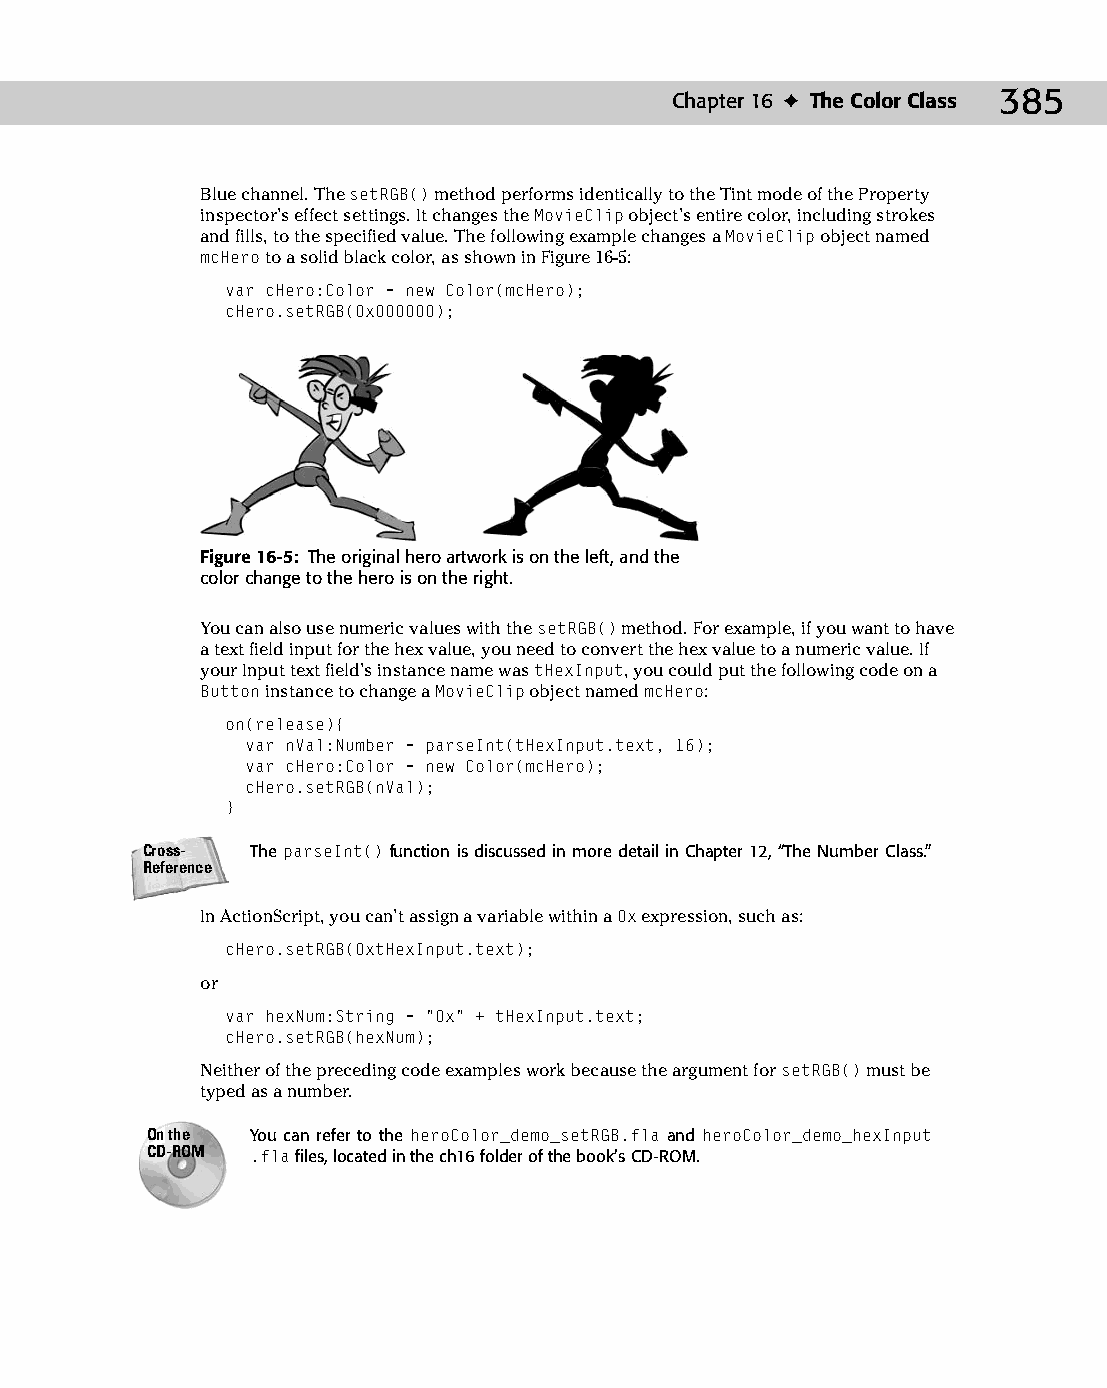
22 543547 ch16.qxd 3/24/04 4:11 PM Page 385
 Chapter 16 ✦ The Color Class 385
 Blue channel. The setRGB() method performs identically to the Tint mode of the Property
 inspector’s effect settings. It changes the MovieClip object’s entire color, including strokes
 and fills, to the specified value. The following example changes a MovieClip object named
 mcHero to a solid black color, as shown in Figure 16-5:
 var cHero:Color = new Color(mcHero);
 cHero.setRGB(0x000000);
 Figure 16-5: The original hero artwork is on the left, and the
 color change to the hero is on the right.
 You can also use numeric values with the setRGB() method. For example, if you want to have
 a text field input for the hex value, you need to convert the hex value to a numeric value. If
 your Input text field’s instance name was tHexInput, you could put the following code on a
 Button instance to change a MovieClip object named mcHero:
 on(release){
 var nVal:Number = parseInt(tHexInput.text, 16);
 var cHero:Color = new Color(mcHero);
 cHero.setRGB(nVal);
 }
 Cross-  The parseInt() function is discussed in more detail in Chapter 12, “The Number Class.”
 Reference
 In ActionScript, you can’t assign a variable within a 0x expression, such as:
 cHero.setRGB(0xtHexInput.text);
 or
 var hexNum:String = “0x” + tHexInput.text;
 cHero.setRGB(hexNum);
 Neither of the preceding code examples work because the argument for setRGB() must be
 typed as a number.
 On the You can refer to the heroColor_demo_setRGB.fla and heroColor_demo_hexInput
 CD-ROM .fla files, located in the ch16 folder of the book’s CD-ROM.